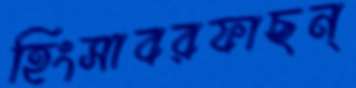
হিংসাবরফাছন্